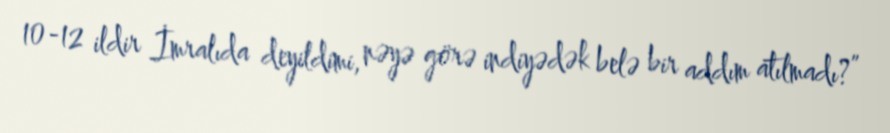
10-12 ildir İmralıda deyildimi, nəyə görə indiyədək belə bir addım atılmadı?”